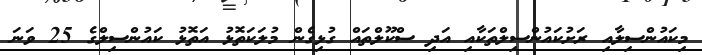
މިކައުންސިލާއި ރަށުކައުންސިލްތަކާއި އަދި ސްކޫލްތައް ގުޅިގެން މުލަކަތޮޅު އަތޮޅު ކައުންސިލްގެ 25 ވަނަ